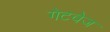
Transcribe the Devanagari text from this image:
गेटवेज